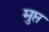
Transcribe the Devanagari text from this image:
मुप्त